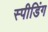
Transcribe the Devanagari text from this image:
स्‍पीडिंग